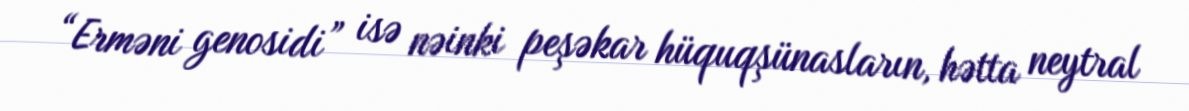
“Erməni genosidi” isə nəinki peşəkar hüquqşünasların, hətta neytral